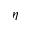
\eta